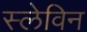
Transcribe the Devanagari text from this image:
स्लेविन